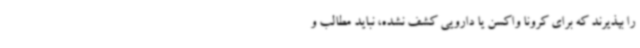
را بپذیرند که برای کرونا واکسن یا دارویی کشف نشده، نباید مطالب و